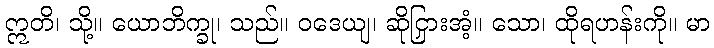
ဣတိ၊ သို့။ ယောဘိက္ခု၊ သည်။ ဝဒေယျ၊ ဆိုငြှားအံ့။ သော၊ ထိုရဟန်းကို။ မာ